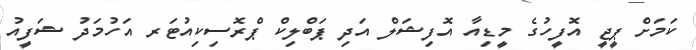
ކަމަށް ޕީޖީ އޮފީހުގެ މީޑިއާ އޮފިޝަލް އަދި ޕަބްލިކް ޕްރޮސިކިއުޓަރ އަހުމަދު ޝަފީއު